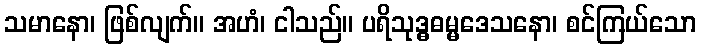
သမာနော၊ ဖြစ်လျက်။ အဟံ၊ ငါသည်။ ပရိသုဒ္ဓဓမ္မဒေသနော၊ စင်ကြယ်သော